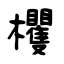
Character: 欔